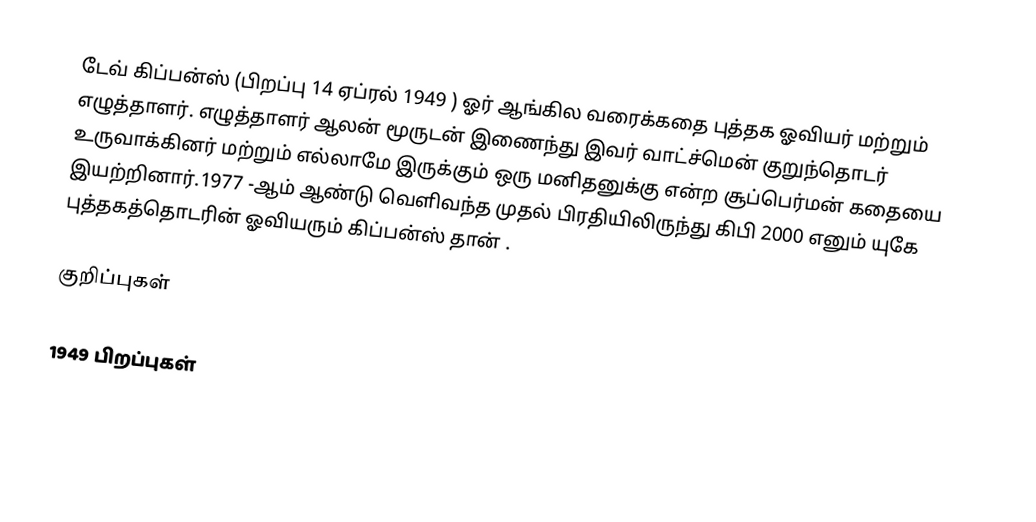
டேவ் கிப்பன்ஸ் (பிறப்பு 14 ஏப்ரல் 1949 ) ஓர் ஆங்கில வரைக்கதை புத்தக ஓவியர் மற்றும் எழுத்தாளர். எழுத்தாளர் ஆலன் மூருடன் இணைந்து இவர் வாட்ச்மென் குறுந்தொடர் உருவாக்கினர் மற்றும் எல்லாமே இருக்கும் ஒரு மனிதனுக்கு என்ற சூப்பெர்மன் கதையை இயற்றினார்.1977 -ஆம் ஆண்டு வெளிவந்த முதல் பிரதியிலிருந்து கிபி 2000 எனும் யுகே புத்தகத்தொடரின் ஓவியரும் கிப்பன்ஸ் தான் .

குறிப்புகள்

1949 பிறப்புகள்